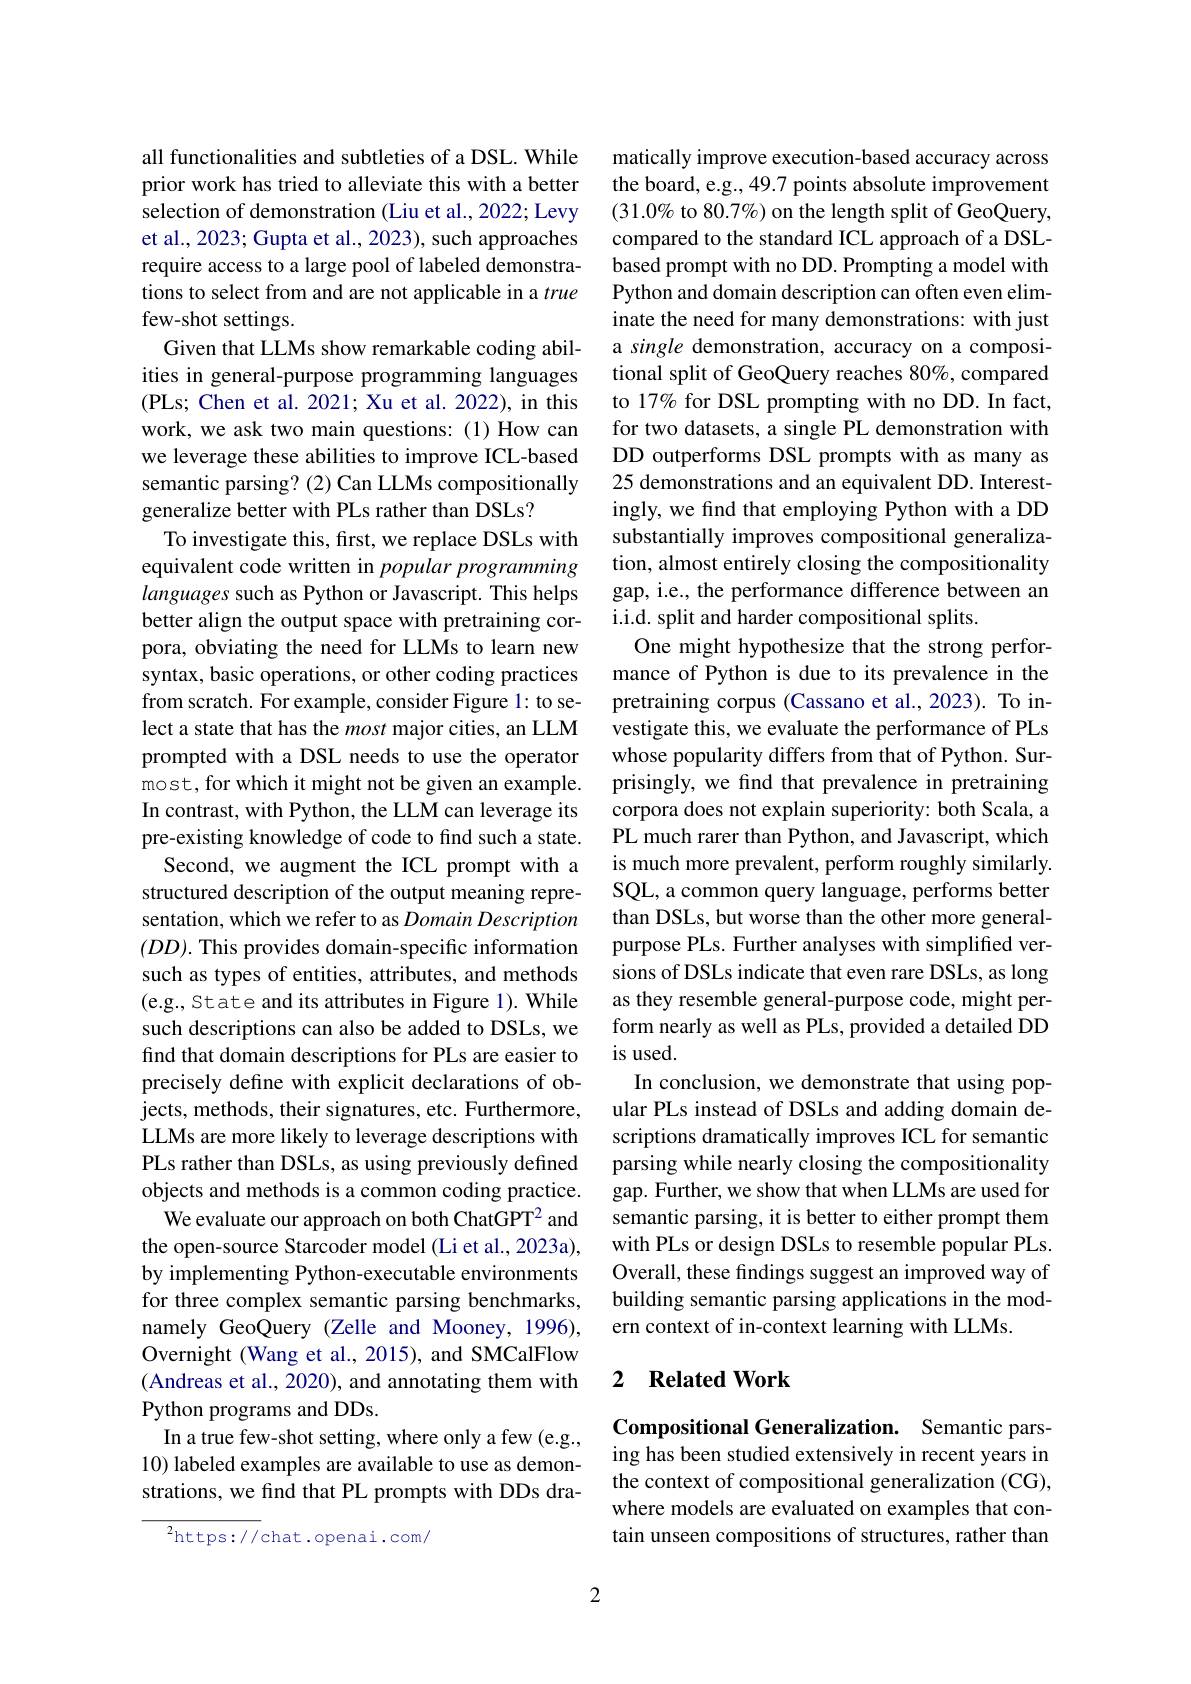
all functionalities and subtleties of a DSL. While prior work has tried to alleviate this with a better selection of demonstration (Liu et al., 2022; Levy et al., 2023; Gupta et al., 2023), such approaches require access to a large pool of labeled demonstrations to select from and are not applicable in a true few-shot settings.
Given that LLMs show remarkable coding abilities in general-purpose programming languages (PLs; Chen et al. 2021; Xu et al. 2022), in this work, we ask two main questions: (1) How can we leverage these abilities to improve ICL-based semantic parsing? (2) Can LLMs compositionally generalize better with PLs rather than DSLs?
To investigate this, first, we replace DSLs with equivalent code written in popular programming languages such as Python or Javascript. This helps better align the output space with pretraining corpora, obviating the need for LLMs to learn new syntax, basic operations, or other coding practices from scratch. For example, consider Figure 1: to select a state that has the most major cities, an LLM prompted with a DSL needs to use the operator most, for which it might not be given an example. In contrast, with Python, the LLM can leverage its pre-existing knowledge of code to find such a state.
Second, we augment the ICL prompt with a sentation, which we refer to as Domain Description $(DD).$ This provides domain-specific information such as types of entities, attributes, and methods (e.g., State and its attributes in Figure 1). While such descriptions can also be added to DSLs, we find that domain descriptions for PLs are easier to precisely define with explicit declarations of objects, methods, their signatures, etc. Furthermore, LLMs are more likely to leverage descriptions with PLs rather than DSLs, as using previously defined objects and methods is a common coding practice. We evaluate our approach on both ChatGPT$^{2}$ and
the open-source Starcoder model (Li et al., 2023a), by implementing Python-executable environments for three complex semantic parsing benchmarks, namely GeoQuery (Zelle and Mooney, 1996), Overnight (Wang et al., 2015), and SMCalFlow (Andreas et al., 2020), and annotating them with Python programs and DDs.
In a true few-shot setting, where only a few (e.g., 10) labeled examples are available to use as demonstrations, we find that PL prompts with DDs dra-

$^{2}$https://chat.openai.com/

matically improve execution-based accuracy across the board, e.g., 49.7 points absolute improvement $(31.0\%$ to 80.7%) on the length split of GeoQuery, compared to the standard ICL approach of a DSLbased prompt with no DD. Prompting a model with Python and domain description can often even eliminate the need for many demonstrations: with just a single demonstration, accuracy on a compositional split of GeoQuery reaches 80%, compared to 17% for DSL prompting with no DD. In fact, for two datasets, a single PL demonstration with DD outperforms DSL prompts with as many as 25 demonstrations and an equivalent DD. Interestingly, we find that employing Python with a DD substantially improves compositional generalization, almost entirely closing the compositionality gap, i.e., the performance difference between an i.i.d. split and harder compositional splits.
One might hypothesize that the strong performance of Python is due to its prevalence in the pretraining corpus (Cassano et al.,2023). To investigate this, we evaluate the performance of PLs whose popularity differs from that of Python. Surprisingly, we find that prevalence in pretraining corpora does not explain superiority: both Scala, a PL much rarer than Python, and Javascript, which is much more prevalent, perform roughly similarly.
structured description of the output meaning repre- SQL,a common query language, performs better
than DSLs, but worse than the other more generalpurpose PLs. Further analyses with simplified versions of DSLs indicate that even rare DSLs, as long as they resemble general-purpose code, might perform nearly as well as PLs, provided a detailed DD is used.
In conclusion, we demonstrate that using popular PLs instead of DSLs and adding domain descriptions dramatically improves ICL for semantic parsing while nearly closing the compositionality gap. Further, we show that when LLMs are used for semantic parsing, it is better to either prompt them with PLs or design DSLs to resemble popular PLs. Overall, these findings suggest an improved way of building semantic parsing applications in the modern context of in-context learning with LLMs.

## 2 $\textbf{Related Work}$

Compositional Generalization. Semantic parsing has been studied extensively in recent years in the context of compositional generalization (CG), where models are evaluated on examples that contain unseen compositions of structures, rather than

2